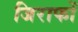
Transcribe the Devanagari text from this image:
जिराफों